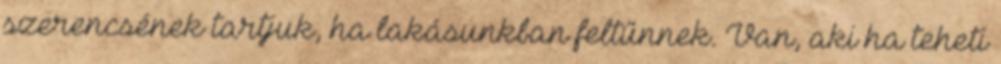
szerencsének tartjuk, ha lakásunkban feltűnnek. Van, aki ha teheti